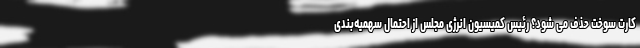
کارت سوخت حذف می شود؟ رئیس کمیسیون انرژی مجلس از احتمال سهمیه‌بندی